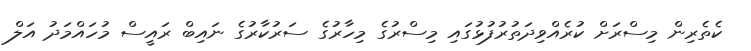
ކެތެރިން މިސްރަށް ކުރެއްވިދަތުރުފުޅުގައި މިސްރުގެ މިހާރުގެ ސަރުކާރުގެ ނައިބް ރައީސް މުހައްމަދު އަލް